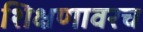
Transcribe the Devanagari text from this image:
शिक्षणावरच